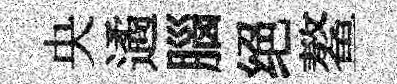
央遹腦绝鳌